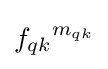
{f_{qk}}^{m_{qk}}